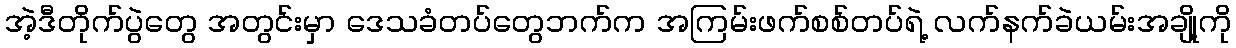
အဲ့ဒီတိုက်ပွဲတွေ အတွင်းမှာ ဒေသခံတပ်တွေဘက်က အကြမ်းဖက်စစ်တပ်ရဲ့ လက်နက်ခဲယမ်းအချို့ကို